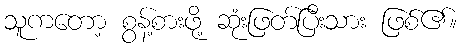
သူကတော့ စွန့်စားဖို့ ဆုံးဖြတ်ပြီးသား ဖြစ်၏။